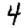
Digit: 4